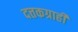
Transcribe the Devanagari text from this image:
दत्तकग्राही